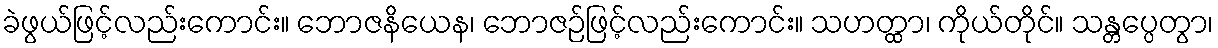
ခဲဖွယ်ဖြင့်လည်းကောင်း။ ဘောဇနိယေန၊ ဘောဇဉ်ဖြင့်လည်းကောင်း။ သဟတ္ထာ၊ ကိုယ်တိုင်။ သန္တပ္ပေတွာ၊